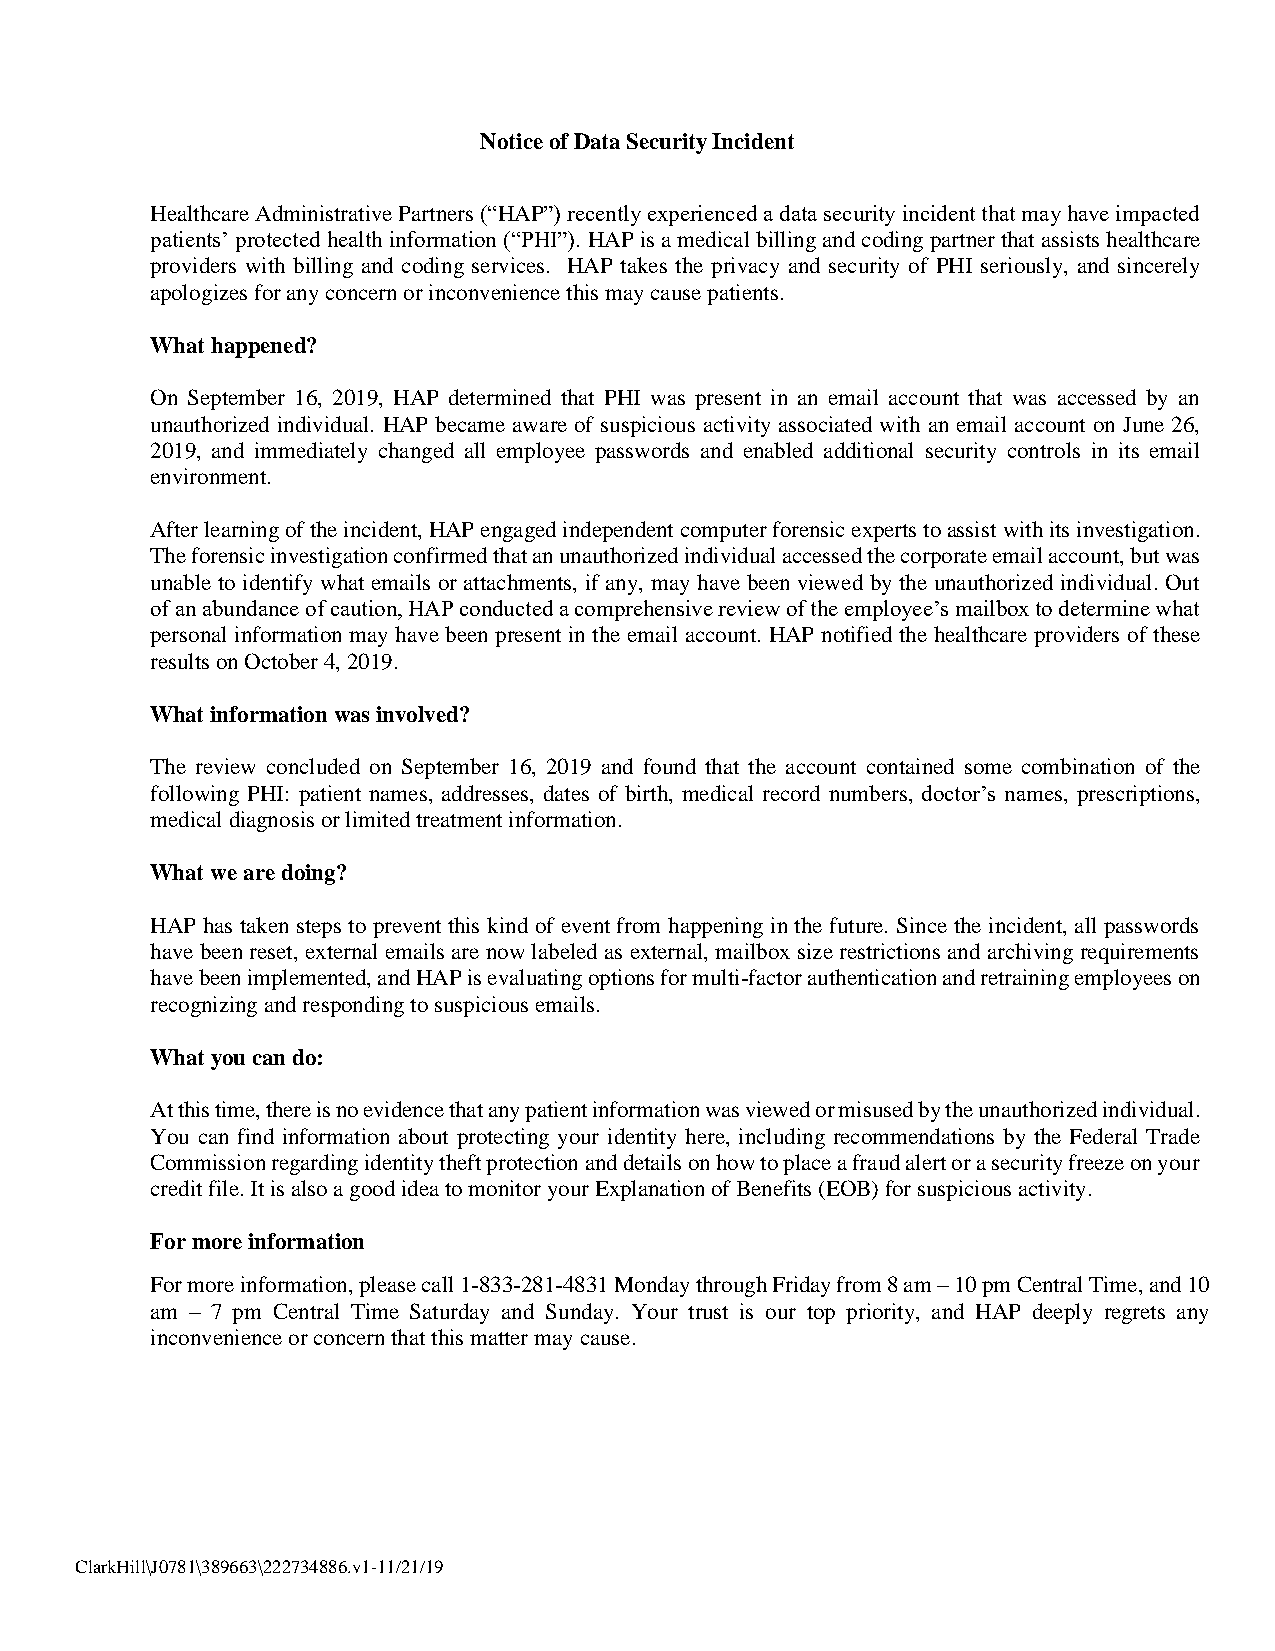
Notice of Data Security Incident
 Healthcare Administrative Partners (“HAP”) recently experienced a data security incident that may have impacted
 patients’ protected health information (“PHI”). HAP is a medical billing and coding partner that assists healthcare
 providers with billing and coding services. HAP takes the privacy and security of PHI seriously, and sincerely
 apologizes for any concern or inconvenience this may cause patients.
 What happened?
 On September 16, 2019, HAP determined that PHI was present in an email account that was accessed by an
 unauthorized individual. HAP became aware of suspicious activity associated with an email account on June 26,
 2019, and immediately changed all employee passwords and enabled additional security controls in its email
 environment.
 After learning of the incident, HAP engaged independent computer forensic experts to assist with its investigation.
 The forensic investigation confirmed that an unauthorized individual accessed the corporate email account, but was
 unable to identify what emails or attachments, if any, may have been viewed by the unauthorized individual. Out
 of an abundance of caution, HAP conducted a comprehensive review of the employee’s mailbox to determine what
 personal information may have been present in the email account. HAP notified the healthcare providers of these
 results on October 4, 2019.
 What information was involved?
 The review concluded on September 16, 2019 and found that the account contained some combination of the
 following PHI: patient names, addresses, dates of birth, medical record numbers, doctor’s names, prescriptions,
 medical diagnosis or limited treatment information.
 What we are doing?
 HAP has taken steps to prevent this kind of event from happening in the future. Since the incident, all passwords
 have been reset, external emails are now labeled as external, mailbox size restrictions and archiving requirements
 have been implemented, and HAP is evaluating options for multi-factor authentication and retraining employees on
 recognizing and responding to suspicious emails.
 What you can do:
 At this time, there is no evidence that any patient information was viewed or misused by the unauthorized individual.
 You can find information about protecting your identity here, including recommendations by the Federal Trade
 Commission regarding identity theft protection and details on how to place a fraud alert or a security freeze on your
 credit file. It is also a good idea to monitor your Explanation of Benefits (EOB) for suspicious activity.
 For more information
 For more information, please call 1-833-281-4831 Monday through Friday from 8 am – 10 pm Central Time, and 10
 am – 7 pm Central Time Saturday and Sunday. Your trust is our top priority, and HAP deeply regrets any
 inconvenience or concern that this matter may cause.
 ClarkHill\J0781\389663\222734886.v1-11/21/19